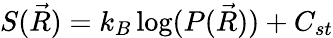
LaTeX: S({\vec{R}})=k_{B}\log(P({\vec{R}}))+C_{st}